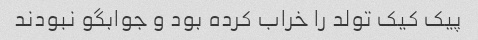
پیک کیک تولد را خراب کرده بود و جوابگو نبودند